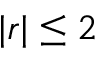
| r | \leq 2